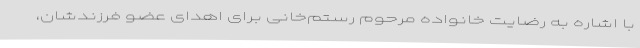
با اشاره به رضایت خانواده مرحوم رستم‌خانی برای اهدای عضو فرزندشان،